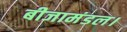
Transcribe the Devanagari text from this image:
बीजामंडल।